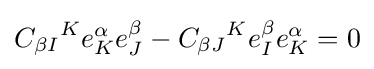
{C_{\beta I}}^{K}e_{K}^{\alpha }e_{J}^{\beta }-{C_{\beta J}}^{K}e_{I}^{\beta }e_{K}^{\alpha }=0